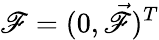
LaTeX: \mathscr{F}=(0,\vec{{\mathscr{F}}})^{T}